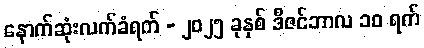
နောက်ဆုံးလက်ခံရက် - ၂၀၂၅ ခုနှစ် ဒီဇင်ဘာလ ၁၀ ရက်